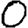
Digit: 0